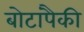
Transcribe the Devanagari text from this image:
बोटांपैकी